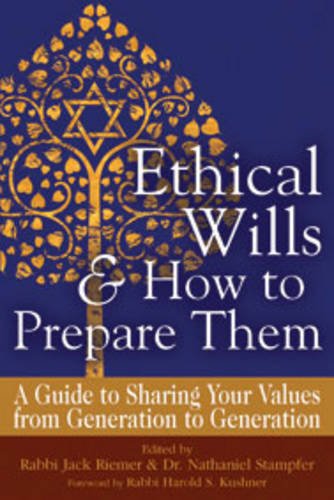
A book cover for Ethical Wills  & How to Prepare Them: A Guide to Sharing Your Values  from Generation to Generation; Religion & Spirituality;